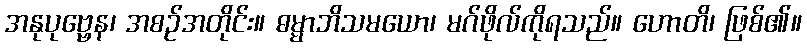
အနုပုဗ္ဗေန၊ အစဉ်အတိုင်း။ ဓမ္မာဘိသမယော၊ မဂ်ဖိုလ်ကိုရသည်။ ဟောတိ၊ ဖြစ်၏။